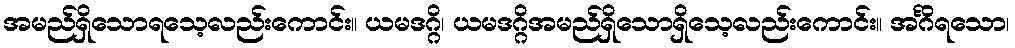
အမည်ရှိသောရသေ့လည်းကောင်း။ ယမဒဂ္ဂိ၊ ယမဒဂ္ဂိအမည်ရှိသောရှိသေ့လည်းကောင်း။ အင်္ဂိရသော၊